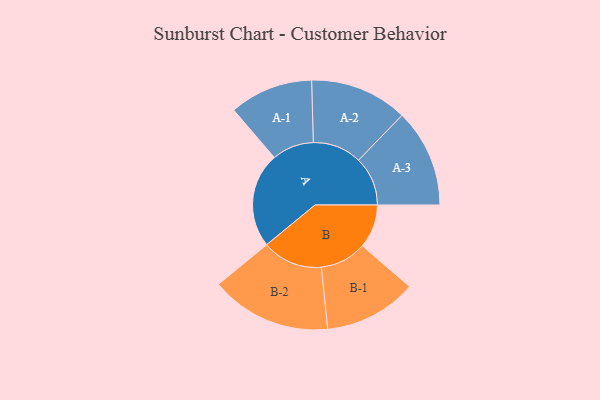
{"axis": {"x": "Segment", "y": "Value"}, "legend": ["", "A", "B"], "data": [{"x": "A", "y": 453, "type": ""}, {"x": "B", "y": 208, "type": ""}, {"x": "A-1", "y": 199, "type": "A"}, {"x": "A-2", "y": 233, "type": "A"}, {"x": "A-3", "y": 234, "type": "A"}, {"x": "B-1", "y": 221, "type": "B"}, {"x": "B-2", "y": 288, "type": "B"}]}